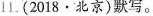
11.(2018·北京)默写。